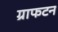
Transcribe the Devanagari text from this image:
ग्राफटन